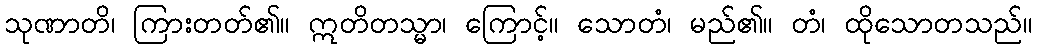
သုဏာတိ၊ ကြားတတ်၏။ ဣတိတသ္မာ၊ ကြောင့်။ သောတံ၊ မည်၏။ တံ၊ ထိုသောတသည်။